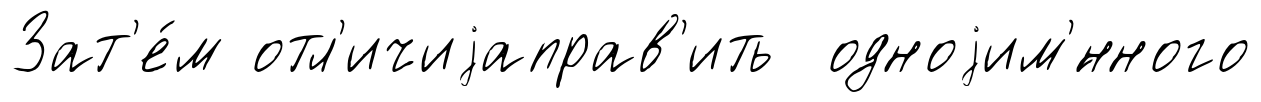
Зат'е́м отл'ичиjаправ'ить одноjим'́нного